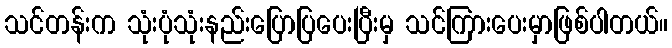
သင်တန်းက သုံးပုံသုံးနည်းပြောပြပေးပြီးမှ သင်ကြားပေးမှာဖြစ်ပါတယ်။